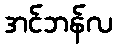
အင်ဘန်လ